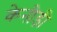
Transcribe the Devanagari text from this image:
केनीडी